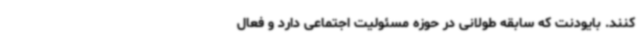
کنند. بایودنت که سابقه طولانی در حوزه مسئولیت اجتماعی دارد و فعال